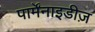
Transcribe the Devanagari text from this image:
पार्मेंनाइडीज़